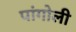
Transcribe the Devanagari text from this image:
पांगोली